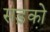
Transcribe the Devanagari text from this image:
सड़को़